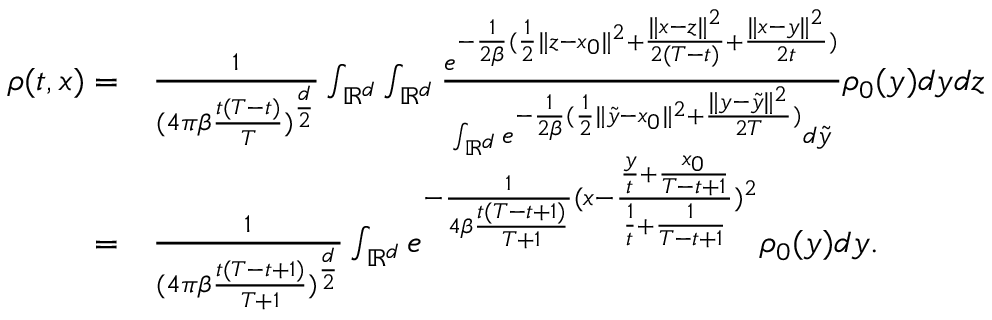
\begin{array} { r l } { \rho ( t , x ) = } & { \frac { 1 } { { ( 4 \pi \beta \frac { t ( T - t ) } { T } } ) ^ { \frac { d } { 2 } } } \int _ { \mathbb { R } ^ { d } } \int _ { \mathbb { R } ^ { d } } \frac { e ^ { - \frac { 1 } { 2 \beta } ( \frac { 1 } { 2 } \| z - x _ { 0 } \| ^ { 2 } + \frac { \| x - z \| ^ { 2 } } { 2 ( T - t ) } + \frac { \| x - y \| ^ { 2 } } { 2 t } ) } } { \int _ { \mathbb { R } ^ { d } } e ^ { - \frac { 1 } { 2 \beta } ( \frac { 1 } { 2 } \| \tilde { y } - x _ { 0 } \| ^ { 2 } + \frac { \| y - \tilde { y } \| ^ { 2 } } { 2 T } ) } d \tilde { y } } \rho _ { 0 } ( y ) d y d z } \\ { = } & { \frac { 1 } { { ( 4 \pi \beta \frac { t ( T - t + 1 ) } { T + 1 } } ) ^ { \frac { d } { 2 } } } \int _ { \mathbb { R } ^ { d } } e ^ { - \frac { 1 } { 4 \beta \frac { t ( T - t + 1 ) } { T + 1 } } ( x - \frac { \frac { y } { t } + \frac { x _ { 0 } } { T - t + 1 } } { \frac { 1 } { t } + \frac { 1 } { T - t + 1 } } ) ^ { 2 } } \rho _ { 0 } ( y ) d y . } \end{array}